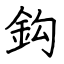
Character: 鈎